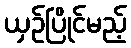
ယှဉ်ပြိုင်မည့်